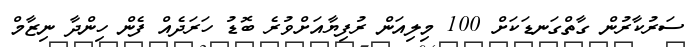
ސަރުކާރުން ގާތްގަނޑަކަށް 100 މިލިއަން ރުފިޔާއަށްވުރެ ބޮޑު ހަރަދެއް ފެން ހިންދާ ނިޒާމް